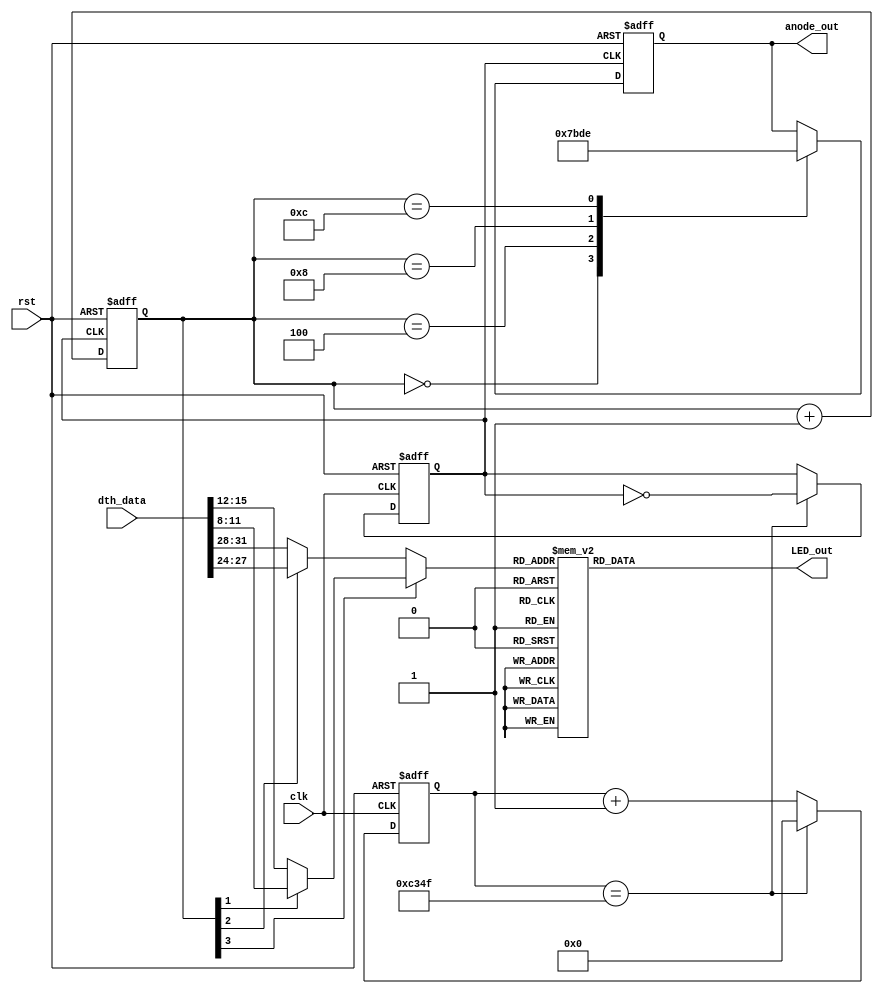
`timescale 1ns / 1ps

module Dyn_ind
	(
    input rst, clk,
    input [39:0] dth_data,
    output [3:0] anode_out,
    output [6:0] LED_out
    );
    
localparam [15:0] di_clk_half = 16'd49999;  

    
    wire    [3:0]   di_num;
    reg     [6:0]   di_led7;
    reg     [3:0]   di_anode;
    reg     [3:0]   di_anode_next;
    reg     [15:0]  di_cntrl_time;
    reg     [3:0]   di_cntrl_ind;
    reg             di_clk;
	 
	 
                
   always @(posedge clk or negedge rst) begin
    if (~rst) begin
        di_cntrl_time <= {16{1'b0}};
        di_clk <=1'b1;
        end
    else begin
          if (di_cntrl_time == di_clk_half) begin
              di_cntrl_time <= {16{1'b0}};
              di_clk <= ~di_clk;
              end
          else di_cntrl_time <= di_cntrl_time + 1'b1;
          end
    end     
    
    //bridhtness
    always @(posedge di_clk or negedge rst) begin
        if (~rst) di_cntrl_ind <= {4{1'b0}};
        else di_cntrl_ind <= di_cntrl_ind + 1'b1;
        end
           
    always @*    
    case (di_cntrl_ind)
    4'd0: di_anode_next = 4'b0111;
    4'd4: di_anode_next = 4'b1011; 
    4'd8: di_anode_next = 4'b1101; 
    4'd12: di_anode_next = 4'b1110;   
    default: di_anode_next = di_anode;
    endcase
    
    assign di_num = di_cntrl_ind[3] ? (di_cntrl_ind[1] ? dth_data[11:8] : dth_data[15:12]) : (di_cntrl_ind[2] ? dth_data[27:24] : dth_data[31:28]);
    
    always @(posedge di_clk or negedge rst) 
        if (~rst) di_anode <= 4'b1111;
        else di_anode <= di_anode_next;

    always @(*)
    case (di_num)
    4'b0000: di_led7 = 7'b0000001; //0
    4'b0001: di_led7 = 7'b1001111; //1
    4'b0010: di_led7 = 7'b0010010; //2
    4'b0011: di_led7 = 7'b0000110; //3
    4'b0100: di_led7 = 7'b1001100; //4
    4'b0101: di_led7 = 7'b0100100; //5
    4'b0110: di_led7 = 7'b0100000; //6
    4'b0111: di_led7 = 7'b0001111; //7
    4'b1000: di_led7 = 7'b0000000; //8
    4'b1001: di_led7 = 7'b0000100; //9
    default: di_led7 = 7'b0110110;
    endcase
   
assign anode_out = di_anode;
assign LED_out = di_led7;


endmodule